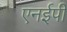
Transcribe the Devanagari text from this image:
एनईपी